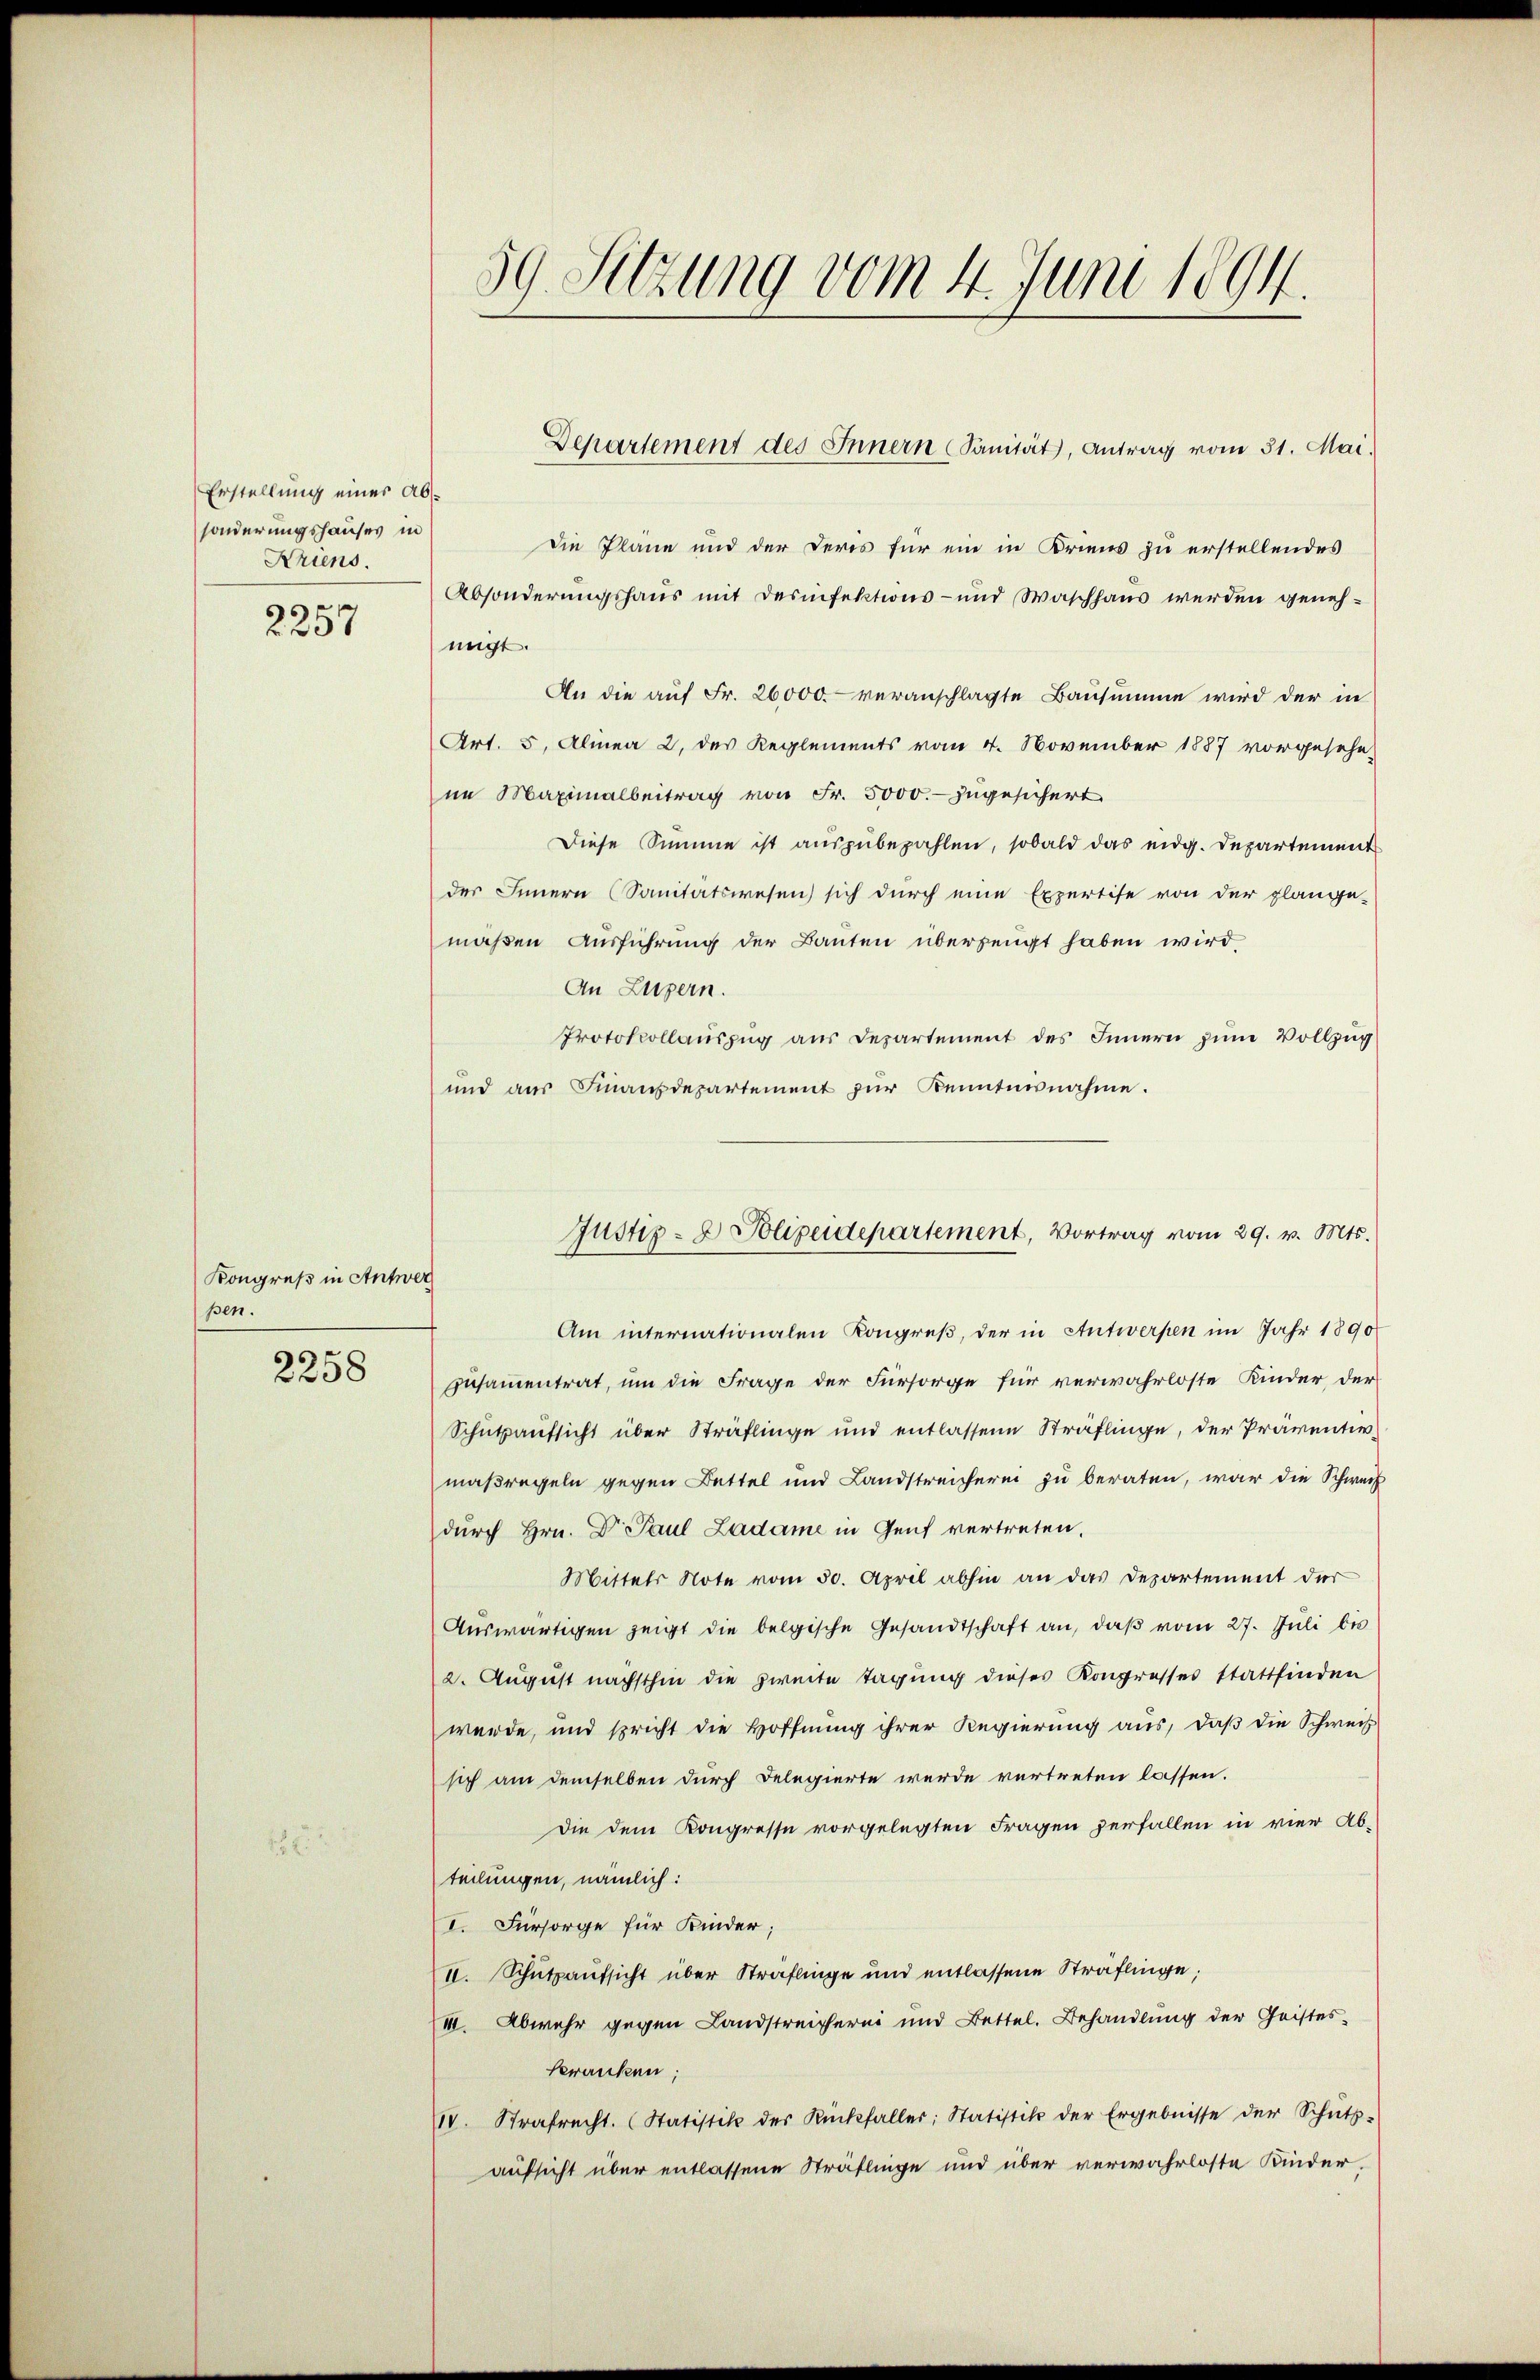
Erstellung einer ab
sonderungshauses in
Ariens.

9
6
 f 20 x

Kongreß in Antwer
pen.

2258

59. Sitzung vom 4. Juni 1894.

die Pläne und der Peris für ein in Briens zu erstellendes
Absonderungshaus mit desinfektions- und Waschhaus werden genehnigt.
An die aŭf Fr. 26000. veranschlagte Bausumme wird der in
Art. 5, Alinea 2. des Reglements vom 4. November 1887 vorgesehe-
ne Maximalbertrag von Fr. 5000.- zugesichert
Diese Summe ist auszubezahlen, sobald das eidg. Departement
des Innern (Sanitätswesen sich durch eine Expertise von der plange-
maßen Ausführung der Bauten überzeugt haben wird,
An Luzern.
Protokollauszug aus Departement des Innern zum Vollzug
und aŭs Finanzdepartement zŭr Kenntnisnahme.
Am internationalen Kongreß, der in Antwerpen im Jahr 1890
Zusammentrat, um die Frage der Fürsorge für verwahrloste Kinder, der
Schutzaufsicht über Sträflinge und entlassene Sträflinge, der Präventivmaßregeln gegen Bettel und Landstreicherei zu beraten, war die Schweiz
durch Hrn. Dr Paul Ladame in Genf vertreten,
Mittels Note vom 30. April abhin an das Departement der
Auswärtigen zeigt die belgische Gesandtschaft an, daß vom 27. Juli bis
2. August nächsthin die zweite Tagung dieses Kongresses stattfinden
wurde, und spricht die Hoffnung ihrer Regierung aus, daß die Schweis
sich am demselben durch Delegierte werde vertreten lassen.
Die dem Kongresse vorgelegten Fragen zerfallen in vier Ab-
teilungen, nämlich:
I. Fürsorge für Kinder;
II. Schutzaufsicht über Sträflinge und entlassene Sträflinge;
III. Abwehr gegen Landstreicherei und Bettel. Behandlung der Geisteskranken;
IV. Strafrecht. (Statistik des Rückfaller: Statistik der Ergebnisse der Schŭts-
aufsicht über entlassene Sträflinge und über verwahrloste Kinder,

Departement des Innern Sanität, Antrag vom 31. Mai.

Justiz- & Polizeidepartement, Vortrag vom 29. v. Mts.